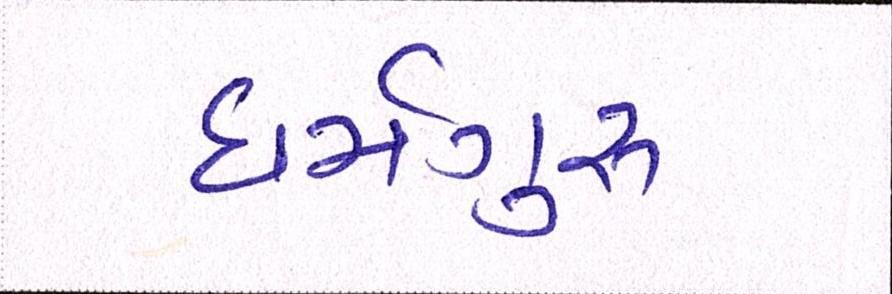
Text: ધર્મગુરૂ